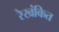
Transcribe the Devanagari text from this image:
रेखंकित